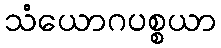
သံယောဂပစ္စယာ